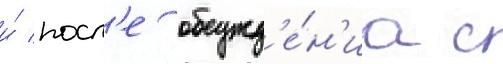
и́ посл'е обсужд'е́н'иа с